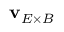
\mathbf { v } _ { E \times B }